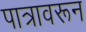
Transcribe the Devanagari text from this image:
पात्रावरून